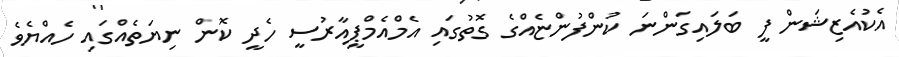
އެކުއެޒިޝަން ފީ ބަލައިގަންނަ ކުންފުންޏެއްގެ ގޮތުގައި އެމްއެމްޕީއާރުސީ ހެދީ ކޮން ނިޔަތެއްގައި ހެއްޔެވެ